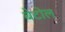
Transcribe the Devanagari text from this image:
बेटोल